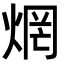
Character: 焹